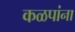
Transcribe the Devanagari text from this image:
कळपांना